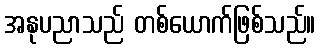
အနုပညာသည် တစ်ယောက်ဖြစ်သည်။